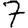
Digit: 7